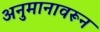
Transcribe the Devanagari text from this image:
अनुमानावरून